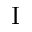
\mathrm { I }